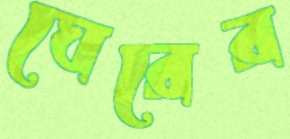
ঘেরের